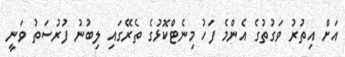
އަށް އިތުރު ވަގުތުގެ އެންމެ ފަހު މިނެޓްކޮޅުގެ ތެރޭގައި ލިބުނު ފުރުސަތު ވަނީ